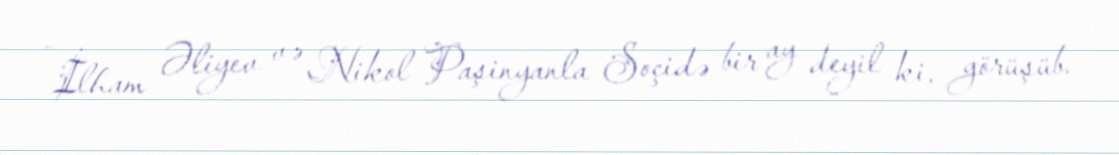
- İlham Əliyev və Nikol Paşinyanla Soçidə bir ay deyil ki, görüşüb.